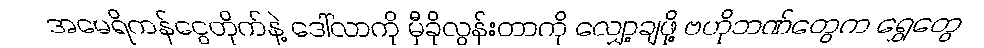
အမေရိကန်ငွေတိုက်နဲ့ ဒေါ်လာကို မှီခိုလွန်းတာကို လျှော့ချဖို့ ဗဟိုဘဏ်တွေက ရွှေတွေ